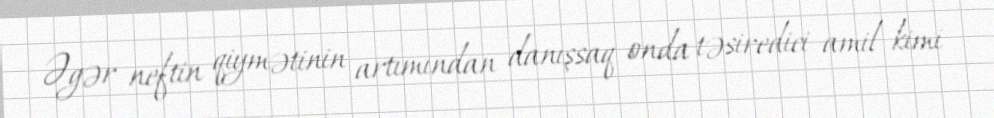
Əgər neftin qiymətinin artımından danışsaq onda təsiredici amil kimi